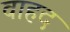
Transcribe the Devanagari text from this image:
वाहद